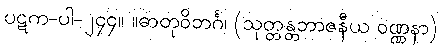
ပဋက-ပါ-၂၄၄။ ။ဓာတုဝိဘင်္ဂ၊ (သုတ္တန္တဘာဇနီယ ဝဏ္ဏနာ)